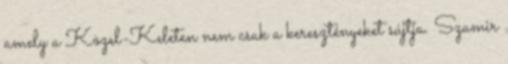
amely a Közel-Keleten nem csak a keresztényeket sújtja. Szamir